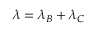
\lambda = \lambda _ { B } + \lambda _ { C }